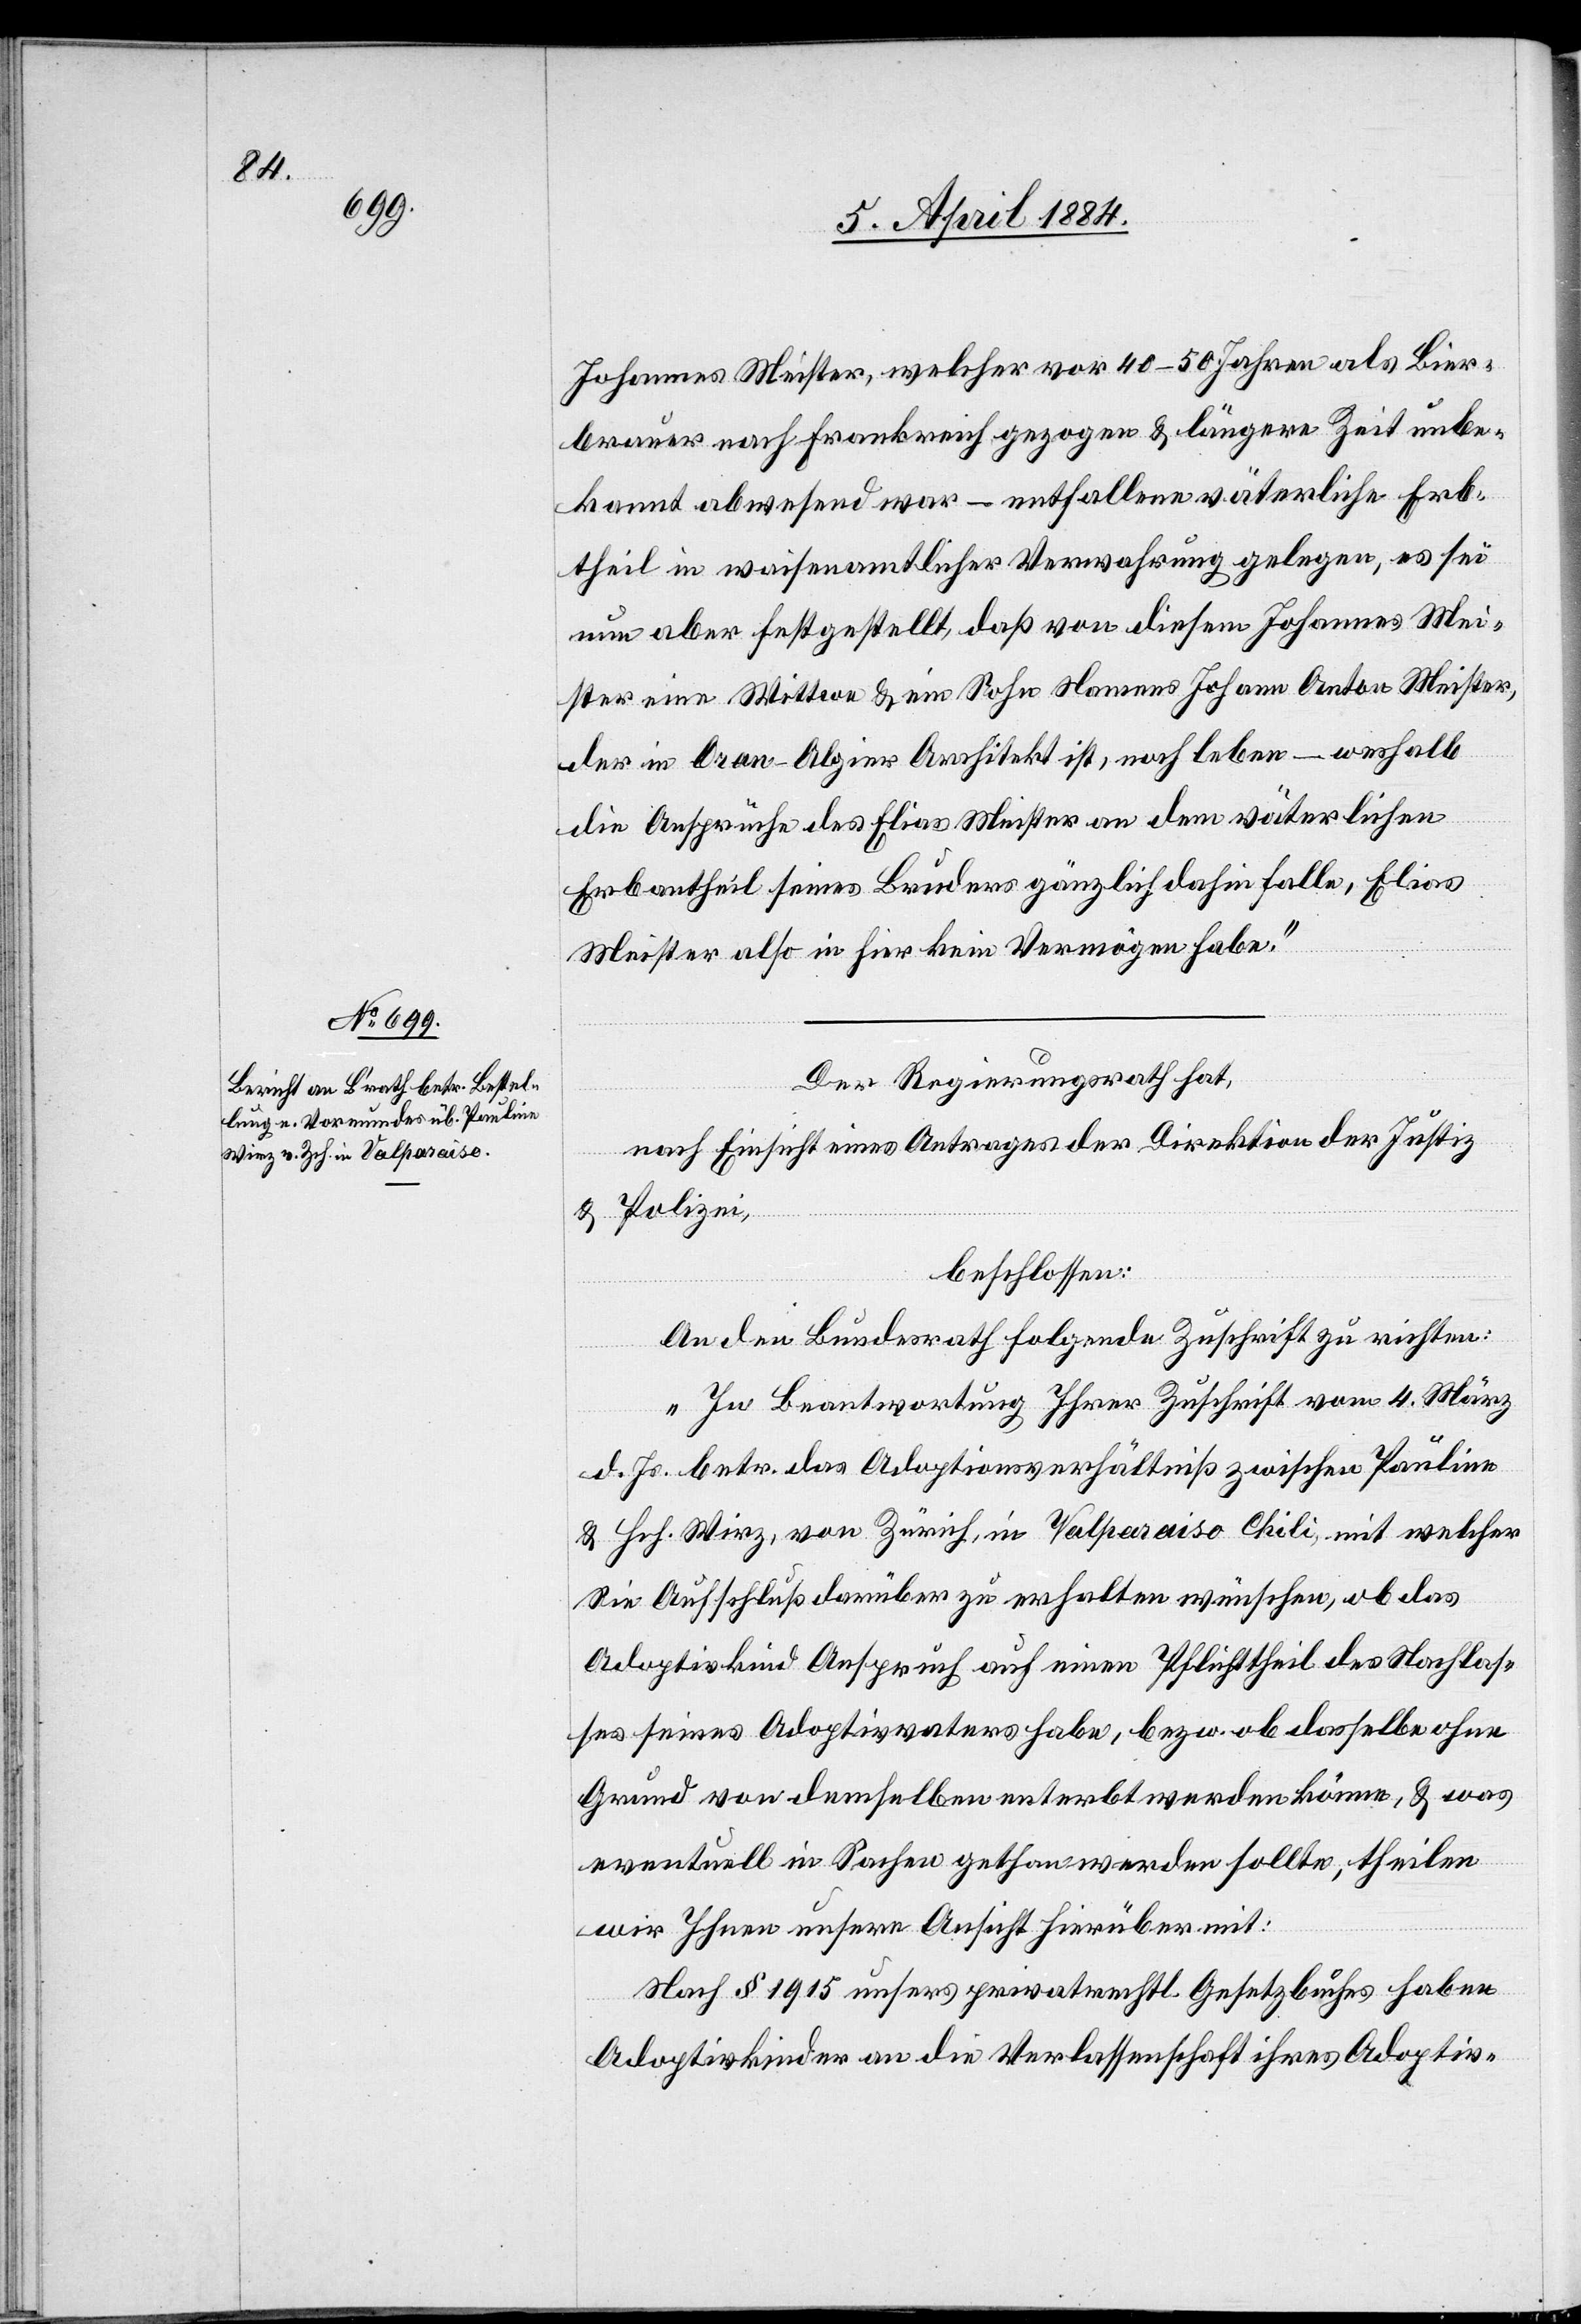
Johannes Meister, welcher vor 40–50 Jahren als Bier¬
brauer nach Frankreich gezogen & längere Zeit unbe¬
kannt abwesend war – entfallene väterliche Erb¬
theil in waisenamtlicher Verwahrung gelegen, es sei
nun aber festgestellt, daß von diesem Johannes Mei¬
ster eine Wittwe & ein Sohn Namens Johann Anton Meister,
der in Oran - Algier Architekt ist, noch leben – weshalb
die Ansprüche des Elias Meister an dem väterlichen
Erbantheil seines Bruders gänzlich dahin falle, Elias
Meister also in hier kein Vermögen habe.“
Der Regierungsrath hat,
nach Einsicht eines Antrages der Direktion der Justiz
& Polizei,
beschlossen:
An den Bundesrath folgende Zuschrift zu richten:
„In Beantwortung Ihrer Zuschrift vom 4. März
d. Js. betr. das Adoptionverhältniß zwischen Pauline
& Hch. Wirz, von Zürich, in Valparaiso Chili, mit welchem
Sie Aufschluß darüber zu erhalten wünschen, ob das
Adoptivkind Anspruch auf einen Pflichtheil des Nachlas¬
ses seines Adoptivvaters habe, bezw. ob dasselbe ohne
Grund von demselben enterbt werden könne, & was
eventuell in Sachen gethan werden sollte, theilen
wir Ihnen unsere Ansicht hierüber mit:
Nach § 1915 unseres privatrechtl. Gesetzbuches haben
Adoptivkinder an die Verlassenschaft ihres Adoptiv-